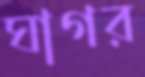
ঘাগর